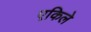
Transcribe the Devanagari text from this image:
एकिले